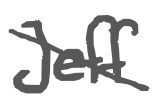
Text: Jeff
Cross-out: mix
Writing tool: digital_gray